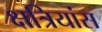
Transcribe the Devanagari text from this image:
क्षत्रियांस